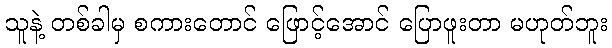
သူနဲ့ တစ်ခါမှ စကားတောင် ဖြောင့်အောင် ပြောဖူးတာ မဟုတ်ဘူး